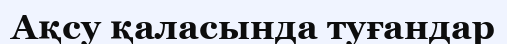
Ақсу қаласында туғандар